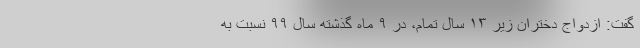
گفت: ازدواج دختران زیر ۱۳ سال تمام، در ۹ ماه گذشته سال ۹۹ نسبت به